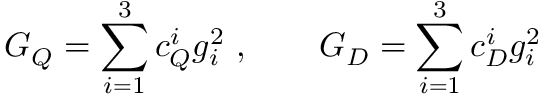
G _ { Q } = \sum _ { i = 1 } ^ { 3 } c _ { Q } ^ { i } g _ { i } ^ { 2 } \, \, , \qquad G _ { D } = \sum _ { i = 1 } ^ { 3 } c _ { D } ^ { i } g _ { i } ^ { 2 }